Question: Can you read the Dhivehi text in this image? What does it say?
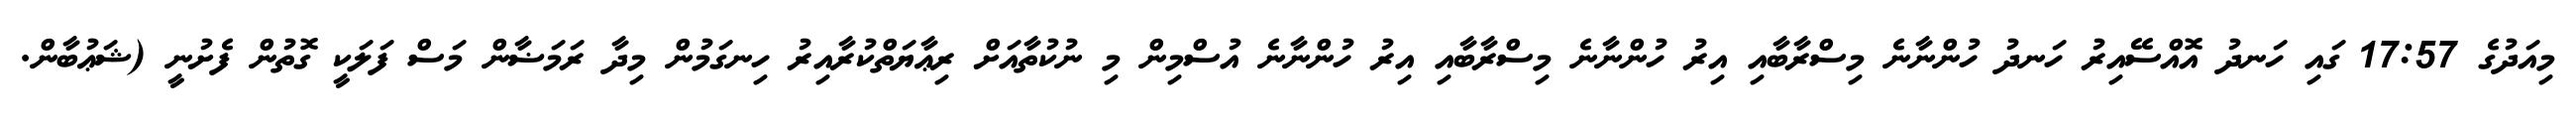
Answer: މިއަދުގެ 17:57 ގައި ހަނދު އޮއްސޭއިރު ހަނދު ހުންނާނެ މިސްރާބާއި އިރު ހުންނާނެ މިސްރާބާއި އިރު ހުންނާނެ އުސްމިން މި ނުކުތާއަށް ރިޢާޔަތްކުރާއިރު ހިނގަމުން މިދާ ރަމަޟާން މަސް ފަލަކީ ގޮތުން ފެށުނީ (ޝަޢުބާން.